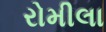
રોમીલા